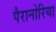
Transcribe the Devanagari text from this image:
पैरानोरिया